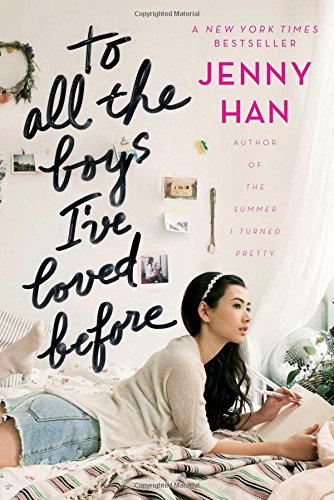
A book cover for To All the Boys I've Loved Before; Jenny Han; Teen & Young Adult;